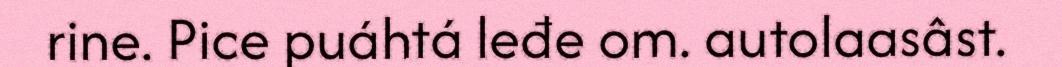
rine. Pice puáhtá leđe om. autolaasâst.